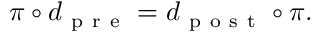
\begin{array} { r } { \pi \circ d _ { \mathrm { ~ p ~ r ~ e ~ } } = d _ { \mathrm { ~ p ~ o ~ s ~ t ~ } } \circ \pi . } \end{array}